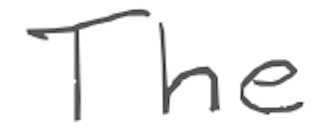
Text: The
Cross-out: clean
Writing tool: digital_gray